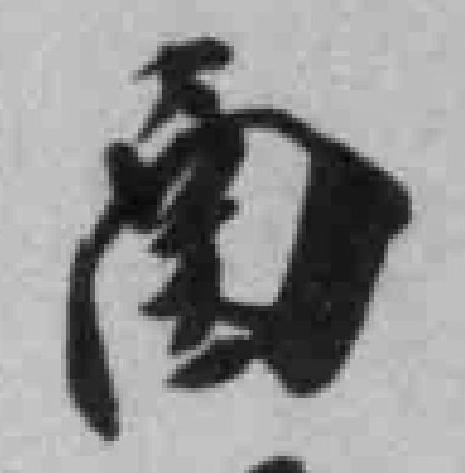
圅